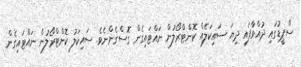
ސްޕީޑުގައި ދުއްވާފައި ދިޔަ ސައިކަލެއް ކޮންޓްރޯލުން ނައްޓައިގެން ގޮސްގެންނެވެ. ސައިކަލު ކޮންޓްރޯލުން ނައްޓައިގެން